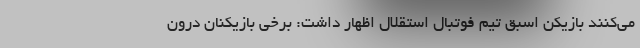
می‌کنند بازیکن اسبق تیم فوتبال استقلال اظهار داشت: برخی بازیکنان درون